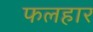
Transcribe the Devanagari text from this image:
फलहार